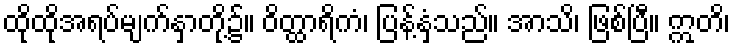
ထိုထိုအရပ်မျက်နှာတို့၌။ ဝိတ္ထာရိကံ၊ ပြန့်နှံ့သည်။ အာသိ၊ ဖြစ်ပြီ။ ဣတိ၊